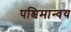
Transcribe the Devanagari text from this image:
पश्चिमान्वय